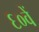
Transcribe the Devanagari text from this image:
६०वें